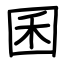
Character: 囷